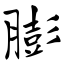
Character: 膨